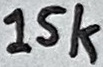
Text: 15k